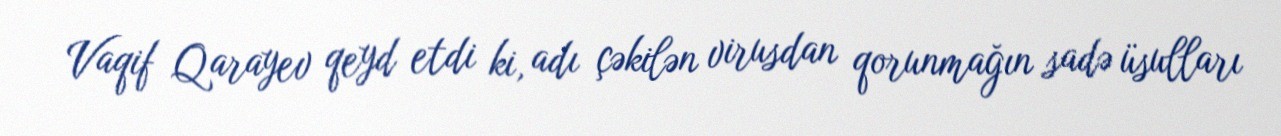
Vaqif Qarayev qeyd etdi ki, adı çəkilən virusdan qorunmağın sadə üsulları